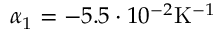
\alpha _ { 1 } = - 5 . 5 \cdot 1 0 ^ { - 2 } \mathrm { K } ^ { - 1 }